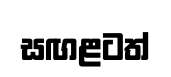
සඟළටත්